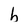
Character: h